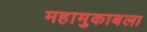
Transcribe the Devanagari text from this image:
महामुकाबला